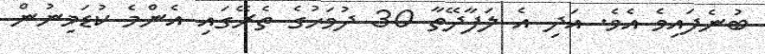
ބުނެފައިވެ އެވެ. އަދި އެ ލަފާދޭތާ 30 ދުވަހުގެ ތެރޭގައި އެންމެ ކުޑަމިނުން